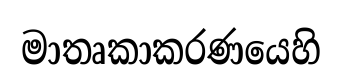
මාතෘකාකරණයෙහි